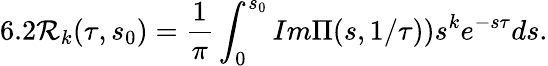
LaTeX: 6.2{\cal R}_{k}(\tau,s_{0})=\frac{1}{\pi}\int_{0}^{s_{0}}Im\Pi(s,1/\tau))s^{k}e^{-s\tau}ds.